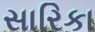
સારિકા